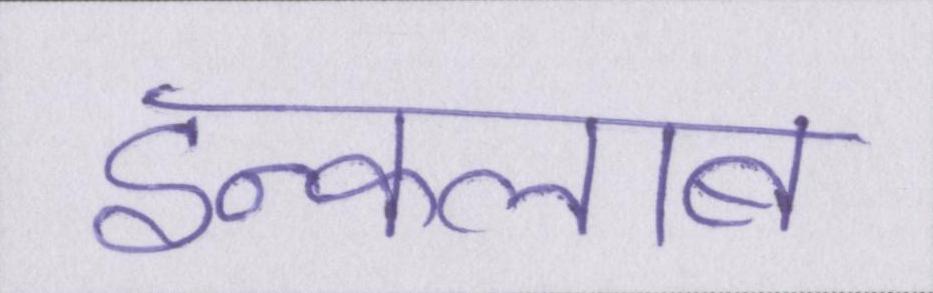
इन्कलाब